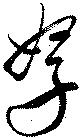
孥